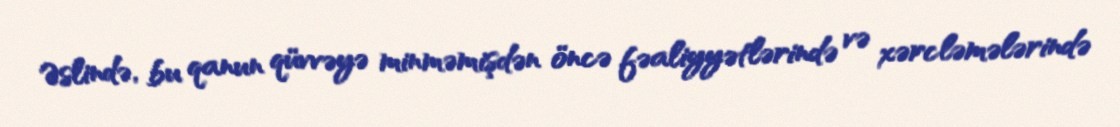
Əslində, bu qanun qüvvəyə minməmişdən öncə fəaliyyətlərində və xərcləmələrində